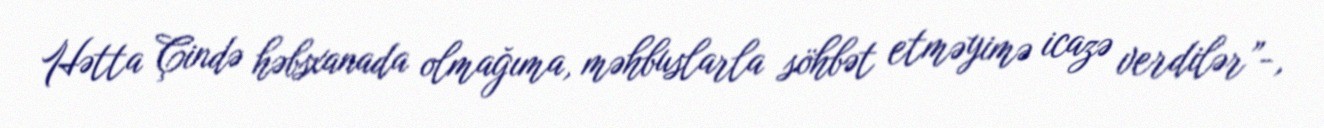
Hətta Çində həbsxanada olmağıma, məhbuslarla söhbət etməyimə icazə verdilər”-,